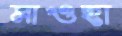
মাওহা